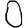
Digit: 0